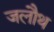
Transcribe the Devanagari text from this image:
जलौथ